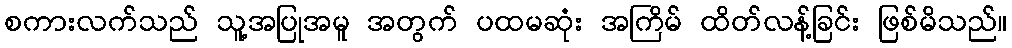
စကားလက်သည် သူ့အပြုအမူ အတွက် ပထမဆုံး အကြိမ် ထိတ်လန့်ခြင်း ဖြစ်မိသည်။